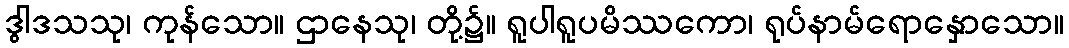
ဒွါဒသသု၊ ကုန်သော။ ဌာနေသု၊ တို့၌။ ရူပါရူပမိဿကော၊ ရုပ်နာမ်ရောနှောသော။